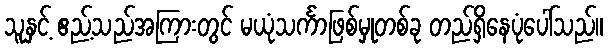
သူနှင့် ဧည့်သည်အကြားတွင် မယုံသင်္ကာဖြစ်မှုတစ်ခု တည်ရှိနေပုံပေါ်သည်။